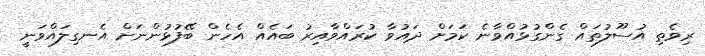
ރިވެތި އުސޫލުތައް ގެންގުޅުއްވާނެ ކަމަށް ދައުވާ ކުރައްވާއިރު ބައެއް އެހެން ބޭފުޅުންނަށް އެނގިލައްވަނީ